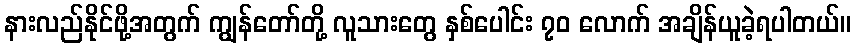
နားလည်နိုင်ဖို့အတွက် ကျွန်တော်တို့ လူသားတွေ နှစ်ပေါင်း ၇၀ လောက် အချိန်ယူခဲ့ရပါတယ်။